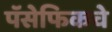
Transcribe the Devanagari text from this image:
पॅसेफिकचे